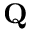
\textbf { Q }